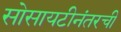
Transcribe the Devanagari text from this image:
सोसायटीनंतरची